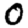
Digit: 0